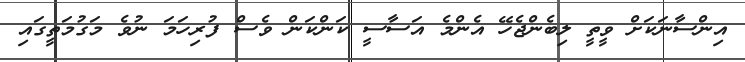
އިންސާނަކަށް ވީތީ ލިބެންޖެހޭ އެންމެ އަސާސީ ކަންކަން ވެސް ފުރިހަމަ ނުވެ މަގުމަތީގައި